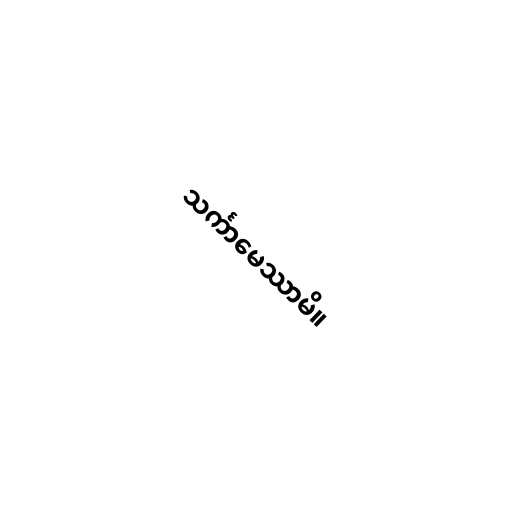
သင်္ကာမေဿာမိ။